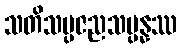
သတိသမ္ပဇညသမ္ပန္နဿ